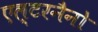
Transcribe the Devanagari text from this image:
एल्टरनैनो